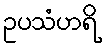
ဥပသံဟရိ